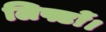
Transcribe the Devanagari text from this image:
लिफ्टों।